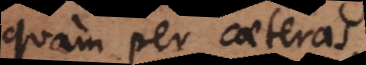
quam per caeteras